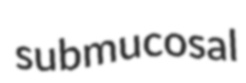
submucosal